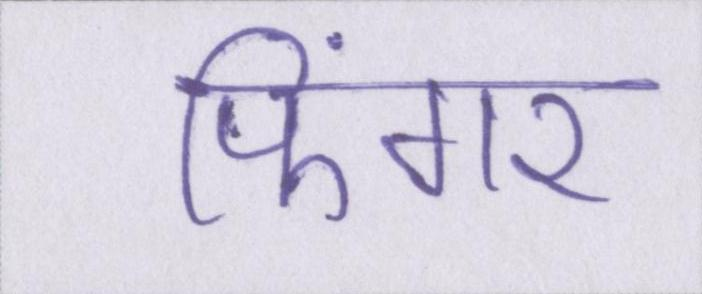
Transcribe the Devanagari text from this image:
फिंगर